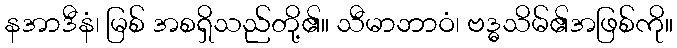
နအာဒီနံ၊ မြစ် အစရှိသည်တို့၏။ သီမာဘာဝံ၊ ဗဒ္ဓသိမ်၏အဖြစ်ကို။